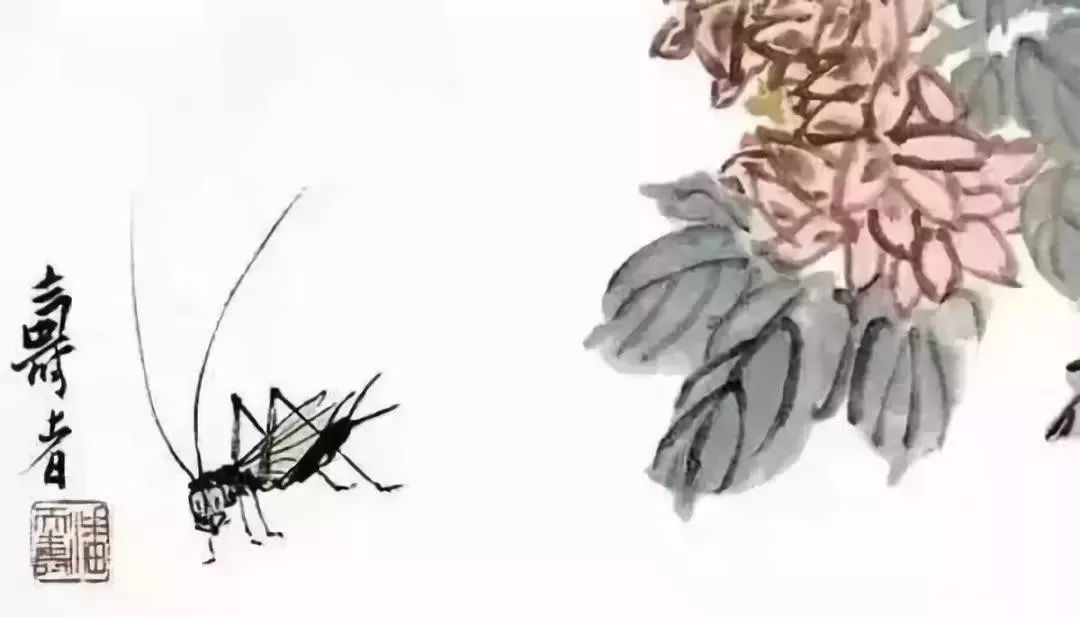
命将征西极，横行阴山侧。